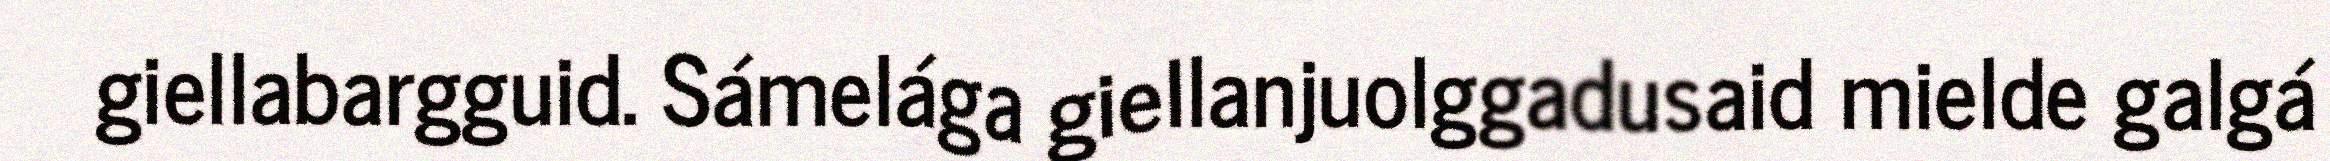
giellabargguid. Sámelága giellanjuolggadusaid mielde galgá